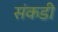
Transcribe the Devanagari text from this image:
संकडी